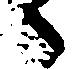
ら